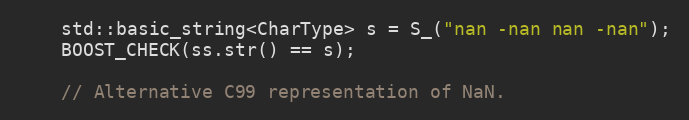
Language: C++
    std::basic_string<CharType> s = S_("nan -nan nan -nan");
    BOOST_CHECK(ss.str() == s);

    // Alternative C99 representation of NaN.